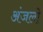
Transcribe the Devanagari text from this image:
अंजलो